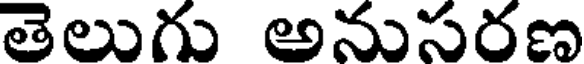
తెలుగు అనుసరణ